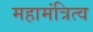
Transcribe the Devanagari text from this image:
महामंत्रित्व